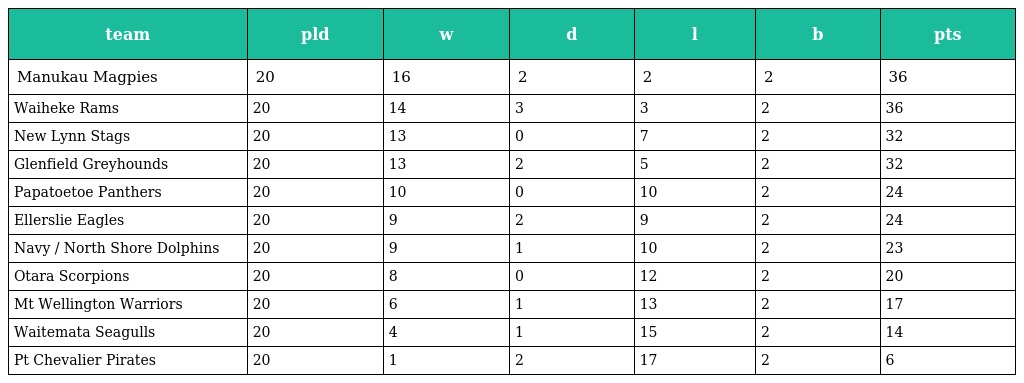
| team | pld | w | d | l | b | pts |
 | --- | --- | --- | --- | --- | --- | --- |
 | Manukau Magpies | 20 | 16 | 2 | 2 | 2 | 36 |
 | Waiheke Rams | 20 | 14 | 3 | 3 | 2 | 36 |
 | New Lynn Stags | 20 | 13 | 0 | 7 | 2 | 32 |
 | Glenfield Greyhounds | 20 | 13 | 2 | 5 | 2 | 32 |
 | Papatoetoe Panthers | 20 | 10 | 0 | 10 | 2 | 24 |
 | Ellerslie Eagles | 20 | 9 | 2 | 9 | 2 | 24 |
 | Navy / North Shore Dolphins | 20 | 9 | 1 | 10 | 2 | 23 |
 | Otara Scorpions | 20 | 8 | 0 | 12 | 2 | 20 |
 | Mt Wellington Warriors | 20 | 6 | 1 | 13 | 2 | 17 |
 | Waitemata Seagulls | 20 | 4 | 1 | 15 | 2 | 14 |
 | Pt Chevalier Pirates | 20 | 1 | 2 | 17 | 2 | 6 |